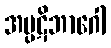
အပ္ပဋိဘာဂေါ